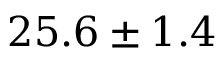
{ 2 5 . 6 \pm 1 . 4 }